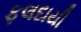
ફલદાયી